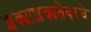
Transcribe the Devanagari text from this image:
शक्याशक्यतेवरचे